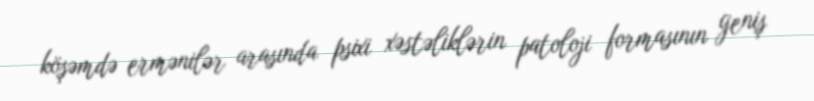
köşəmdə ermənilər arasında psixi xəstəliklərin patoloji formasının geniş